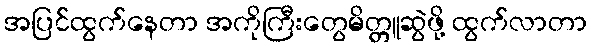
အပြင်ထွက်နေတာ အကိုကြီးတွေမိတ္တူဆွဲဖို့ ထွက်လာတာ